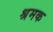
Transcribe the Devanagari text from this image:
श्रमक